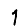
Digit: 1